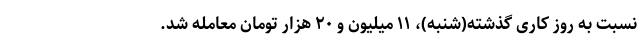
نسبت به روز کاری گذشته(شنبه)، ۱۱ میلیون و ۲۰ هزار تومان معامله شد.